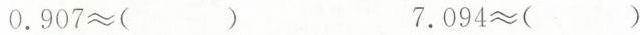
$$0 . 9 0 7 ≈ （）$$ $$7 . 0 9 4 ≈（）$$